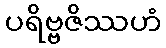
ပရိဗ္ဗဇိဿဟံ